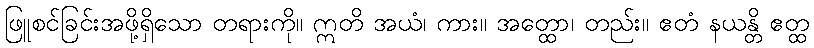
ဖြူစင်ခြင်းအဖို့ရှိသော တရားကို။ ဣတိ အယံ၊ ကား။ အတ္ထော၊ တည်း။ ဧတံ နယန္တိ ဧတ္ထ